Lunatic asylums Central Provinces reports 1874-1885 - 1874-1885
Year: 1874
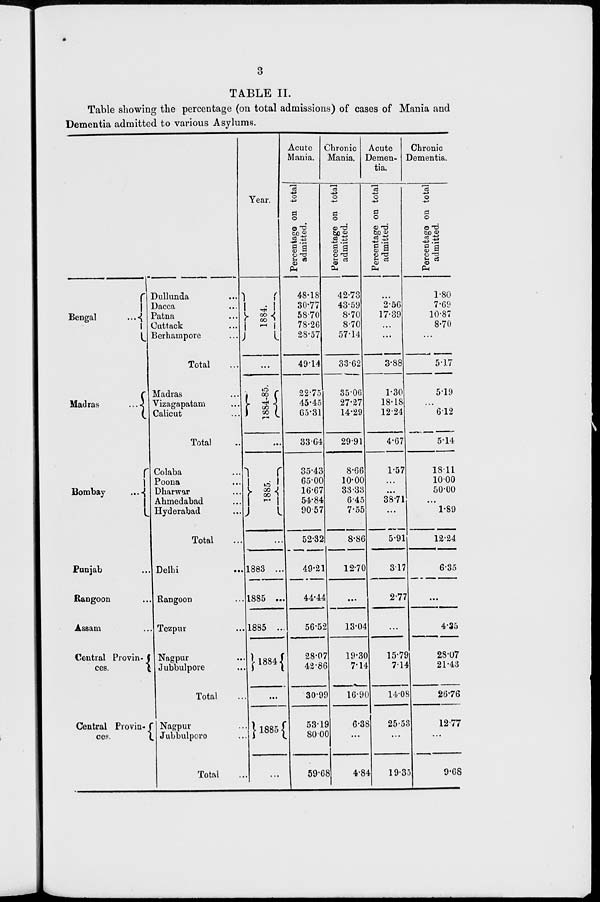
3
TABLE II.
Table showing the percentage (on total admissions) of cases of Mania and
Dementia admitted to various Asylums.
Bengal
...
Madras
...
Bombay
...
Punjab ...
Rangoon ...
Assam ...
Central Provin-
ces.
Central Provin-
ces.
Dullunda ...
Dacca ...
Patna ...
Cuttack ...
Berhampore ...
Total ...
Madras ...
Vizagapatam ...
Calicut ...
Total ...
Colaba ...
Poona ...
Dharwar ...
Ahmedabad ...
Hyderabad ...
Total ...
Delhi ...
Rangoon ...
Tezpur ...
Nagpur ...
Jubbulpore ...
Total ...
Nagpur ...
Jubbulpore ...
Total ...
Year.
1884.
...
1884-85.
...
1885.
...
1883 ...
1885 ...
1885 ...
1884
...
1885
...
Acute
Mania.
Percentage on total
admitted.
48.18
30.77
58.70
78.26
28.57
49.14
22.75
45.45
65.31
33.64
35.43
65.00
16.67
54.84
90.57
52.32
49.21
44.44
56.52
28.07
42.86
30.99
53.19
80.00
59.68
Chronic
Mania.
Percentage on total
admitted.
42.73
43.59
8.70
8.70
57.14
33.62
35.06
27.27
14.29
29.91
8.66
10.00
33.33
6.45
7.55
8.86
12.70
...
13.04
19.30
7.14
16.90
6.38
...
4.84
Acute
Demen-
tia.
Percentage on total
admitted.
...
2.56
17.39
...
...
3.88
1.30
18.18
12.24
4.67
1.57
...
...
38.71
...
5.91
3.17
2.77
...
15.79
7.14
14.08
25.53
...
19.35
Chronic
Dementia.
Percentage on total
admitted.
1.80
7.69
10.87
8.70
...
5.17
5.19
...
6.12
5.14
18.11
10.00
50.00
...
1.89
12.24
6.35
...
4.35
28.07
21.43
26.76
12.77
...
9.68